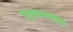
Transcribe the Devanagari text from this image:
पृथन्न्यस्त